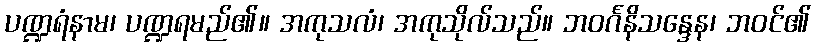
ပဏ္ဍရံနာမ၊ ပဏ္ဍရမည်၏။ အကုသလံ၊ အကုသိုလ်သည်။ ဘဝင်္ဂနိသန္ဒေန၊ ဘဝင်၏